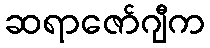
ဆရာဇော်ဂျီက